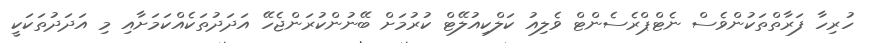
ހުރިހާ ފަރާތްތަކުންވެސް ނެޓްޕްރެސެންޓް ވެލިއު ކަލްކިއުލޭޓް ކުރުމަށް ބޭނުންކުރަންޖެހޭ އަދަދުތަކެއްކަމަށާއި މި އަދަދުތަކަކީ